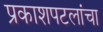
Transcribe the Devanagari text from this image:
प्रकाशपटलांचा